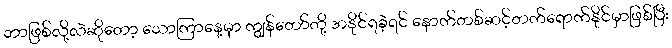
ဘာဖြစ်လို့လဲဆိုတော့ သောကြာနေ့မှာ ကျွန်တော်တို့ အနိုင်ရခဲ့ရင် နောက်တစ်ဆင့်တက်ရောက်နိုင်မှာဖြစ်ပြီး